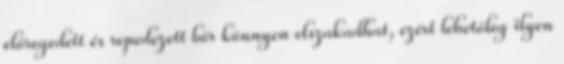
elöregedett és repedezett bőr könnyen elszakadhat, ezért lehetőleg ilyen